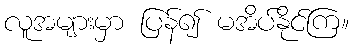
လူအများမှာ ပြန်၍ မအိပ်နိုင်ကြ။